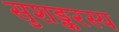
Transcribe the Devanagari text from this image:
सुशङ्करस्य